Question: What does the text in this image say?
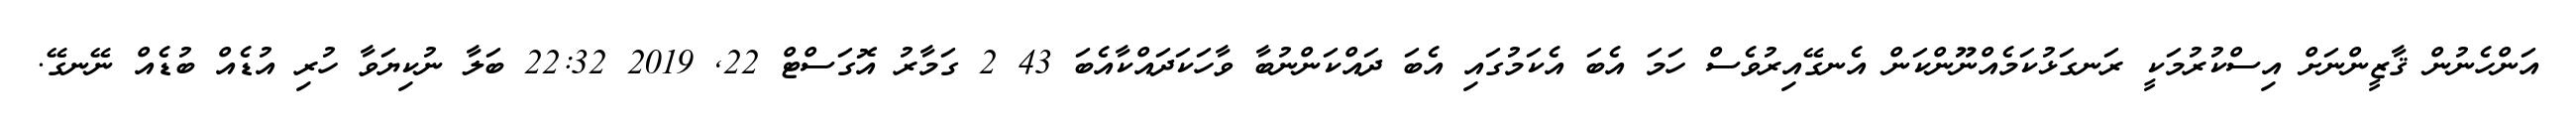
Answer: އަންހެނުން ޤާޒީންނަށް އިސްކުރުމަކީ ރަނގަޅުކަމެއްނޫންކަން އެނގޭއިރުވެސް ހަމަ އެބަ އެކަމުގައި އެބަ ދައްކަންނުބާ ވާހަކަދައްކާއެބަ 43 2 ގަމާރު އޮގަސްޓް 22, 2019 22:32 ބަލާ ނުކިޔަވާ ހުރި އުޑެއް ބުޑެއް ނޭނގޭ.